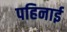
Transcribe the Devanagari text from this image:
पहिनाई